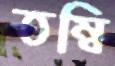
তম্বি